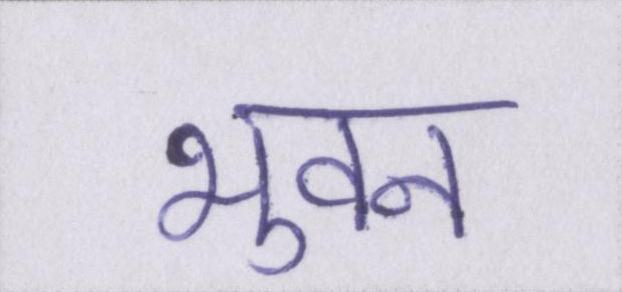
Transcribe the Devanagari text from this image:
भुवन